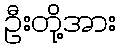
ဦးတို့အား